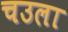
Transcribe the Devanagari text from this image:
चउला